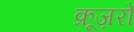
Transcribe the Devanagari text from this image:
क्रूज़रों